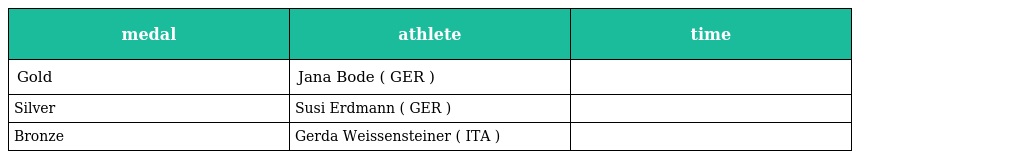
| medal | athlete | time |
 | --- | --- | --- |
 | Gold | Jana Bode ( GER ) |  |
 | Silver | Susi Erdmann ( GER ) |  |
 | Bronze | Gerda Weissensteiner ( ITA ) |  |